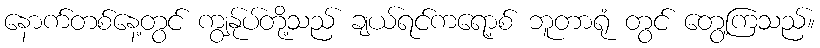
နောက်တစ်နေ့တွင် ကျွန်ုပ်တို့သည် ချယ်ရင်ကရော့စ် ဘူတာရုံ တွင် တွေ့ကြသည်။